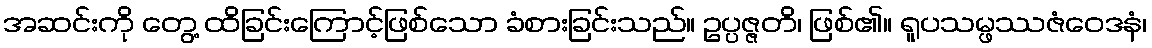
အဆင်းကို တွေ့ ထိခြင်းကြောင့်ဖြစ်သော ခံစားခြင်းသည်။ ဥပ္ပဇ္ဇတိ၊ ဖြစ်၏။ ရူပသမ္ဖဿဇံဝေဒနံ၊